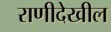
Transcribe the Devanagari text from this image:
राणीदेखील